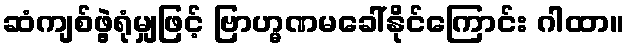
ဆံကျစ်ဖွဲ့ရုံမျှဖြင့် ဗြာဟ္မဏမခေါ်နိုင်ကြောင်း ဂါထာ။